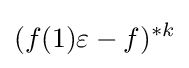
(f(1)\varepsilon -f)^{*k}